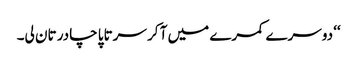
‘‘ دوسرے کمرے میں آ کر سرتاپا چادر تان لی۔